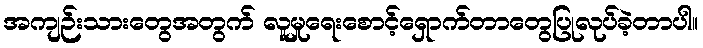
အကျဉ်းသားတွေအတွက် လူမှုရေးစောင့်ရှောက်တာတွေပြုလုပ်ခဲ့တာပါ။